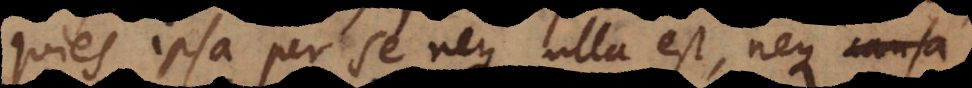
quies ipsa per se neque ulla est, neque